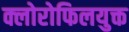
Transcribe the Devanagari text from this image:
क्लोरोफिलयुक्त